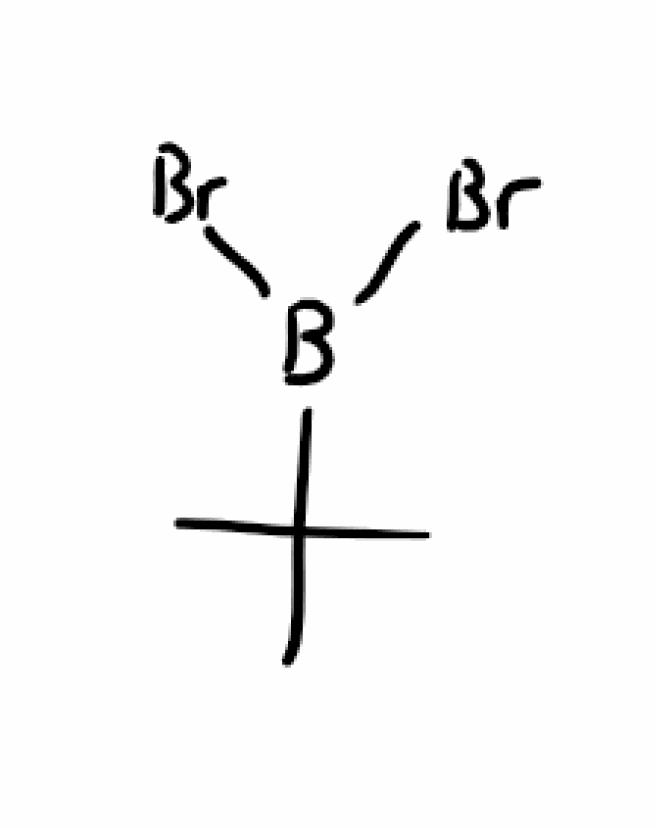
Simplified molecular-input line-entry system (SMILES) notation of the given molecule:
B(C(C)(C)C)(Br)Br